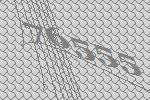
76555